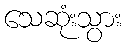
သေဆုံးသွား